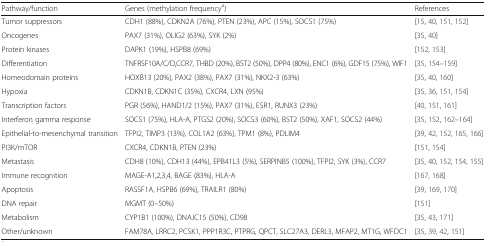
| Pathway/function | Genes (methylation frequencya) | References |
 | --- | --- | --- |
 | Tumor suppressors | CDH1 (88%), CDKN2A (76%), PTEN (23%), APC (15%), SOCS1 (75%) | [15, 40, 151, 152] |
 | Oncogenes | PAX7 (31%), OLIG2 (63%), SYK (2%) | [35, 40] |
 | Protein kinases | DAPK1 (19%), HSPB8 (69%) | [152, 153] |
 | Differentiation | TNFRSF10A/C/D,CCR7, THBD (20%), BST2 (50%), DPP4 (80%), ENC1 (6%), GDF15 (75%), WIF1 | [35, 154–159] |
 | Homeodomain proteins | HOXB13 (20%), PAX2 (38%), PAX7 (31%), NKX2-3 (63%) | [35, 40, 160] |
 | Hypoxia | CDKN1B, CDKN1C (35%), CXCR4, LXN (95%) | [35, 36, 151, 154] |
 | Transcription factors | PGR (56%), HAND1/2 (15%), PAX7 (31%), ESR1, RUNX3 (23%) | [40, 151, 161] |
 | Interferon gamma response | SOCS1 (75%), HLA-A, PTGS2 (20%), SOCS3 (60%), BST2 (50%), XAF1, SOCS2 (44%) | [35, 152, 162–164] |
 | Epithelial-to-mesenchymal transition | TFPI2, TIMP3 (13%), COL1A2 (63%), TPM1 (8%), PDLIM4 | [39, 42, 152, 165, 166] |
 | PI3K/mTOR | CXCR4, CDKN1B, PTEN (23%) | [151, 154] |
 | Metastasis | CDH8 (10%), CDH13 (44%), EPB41L3 (5%), SERPINB5 (100%), TFPI2, SYK (3%), CCR7 | [35, 40, 152, 154, 155] |
 | Immune recognition | MAGE-A1,2,3,4, BAGE (83%), HLA-A | [167, 168] |
 | Apoptosis | RASSF1A, HSPB6 (69%), TRAILR1 (80%) | [39, 169, 170] |
 | DNA repair | MGMT (0–50%) | [151] |
 | Metabolism | CYP1B1 (100%), DNAJC15 (50%), CD98 | [35, 43, 171] |
 | Other/unknown | FAM78A, LRRC2, PCSK1, PPP1R3C, PTPRG, QPCT, SLC27A3, DERL3, MFAP2, MT1G, WFDC1 | [35, 39, 42, 151] |